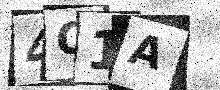
Text: 4Q1A